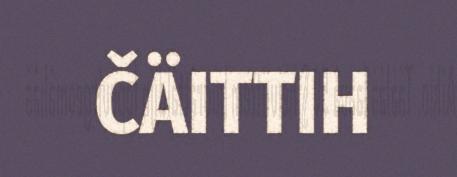
ČÄITTIH